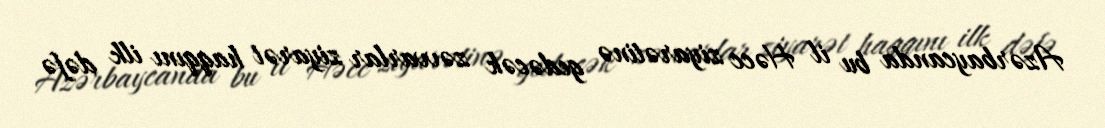
Azərbaycanda bu il Həcc ziyarətinə gedəcək zəvvarlar ziyarət haqqını ilk dəfə